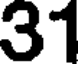
31